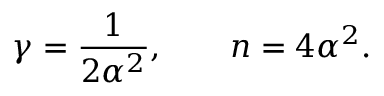
\gamma = \frac { 1 } { 2 \alpha ^ { 2 } } , \qquad n = 4 \alpha ^ { 2 } .